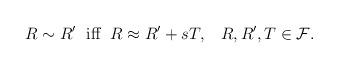
LaTeX: \begin{align*}R \sim R' \;\hbox{ iff } \; R \approx R' + s T, \;\;\; R, R', T \in {\cal F}.\end{align*}